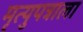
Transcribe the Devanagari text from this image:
मृत्युपत्राला